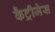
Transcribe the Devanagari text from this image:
कैट्रीजेस